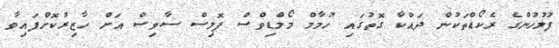
ފުލުހުންގެ ރެކޯޑްތަކުން ދައްކާ ގޮތުގައި ހުމާމް މޯލްޑިވްސް ޕޮލިސް ސާވިސް އަށް ހާޒިރުކޮށްފައިވާ